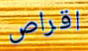
اقراص